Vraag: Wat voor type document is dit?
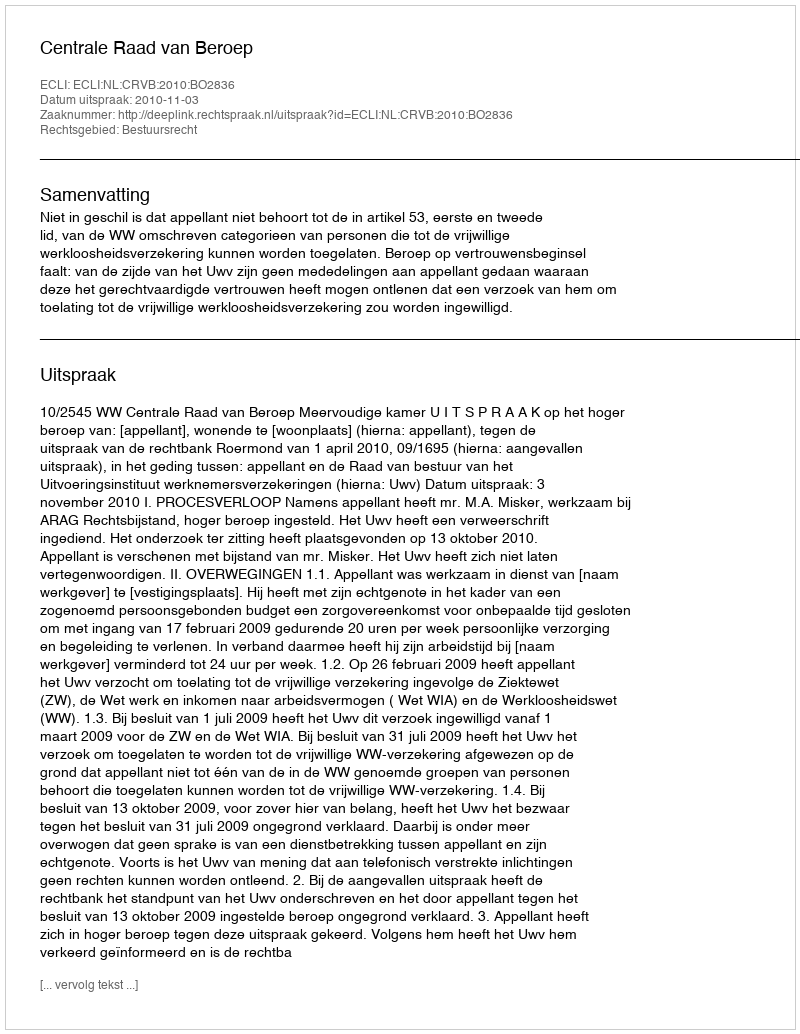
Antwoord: Uitspraak